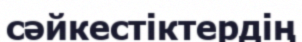
сәйкестіктердің